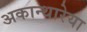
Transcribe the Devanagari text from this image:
अकान्थारेया